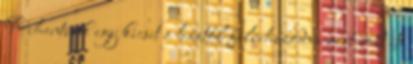
Pihentünk egy kicsit a háztól félrehúzódva mert volt itt